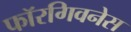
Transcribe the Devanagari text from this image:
फॉरगिवनेस